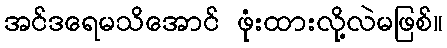
အင်ဒရေမသိအောင် ဖုံးထားလို့လဲမဖြစ်။